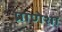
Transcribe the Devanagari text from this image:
प्राणेशा